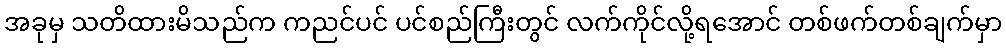
အခုမှ သတိထားမိသည်က ကညင်ပင် ပင်စည်ကြီးတွင် လက်ကိုင်လို့ရအောင် တစ်ဖက်တစ်ချက်မှာ